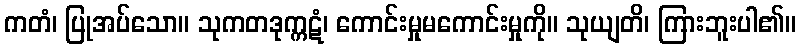
ကတံ၊ ပြုအပ်သော။ သုကတဒုက္ကဋံ၊ ကောင်းမှုမကောင်းမှုကို။ သုယျတိ၊ ကြားဘူးပါ၏။